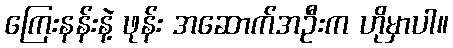
ကြေးနန်းနဲ့ ဖုန်း အဆောက်အဦးက ဟိုမှာပါ။